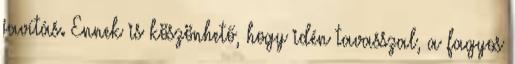
javítás. Ennek is köszönhető, hogy idén tavasszal, a fagyos